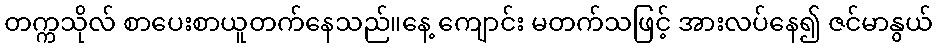
တက္ကသိုလ် စာပေးစာယူတက်နေသည်။နေ့ ကျောင်း မတက်သဖြင့် အားလပ်နေ၍ ဇင်မာနွယ်